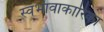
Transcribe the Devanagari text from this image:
स्वभावाकारिका